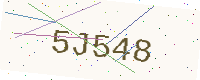
Text: 5J548